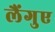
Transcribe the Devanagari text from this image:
लैंगुए